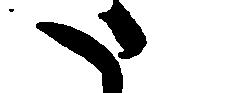
た